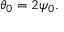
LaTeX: \theta _ { 0 } = 2 \psi _ { 0 } .